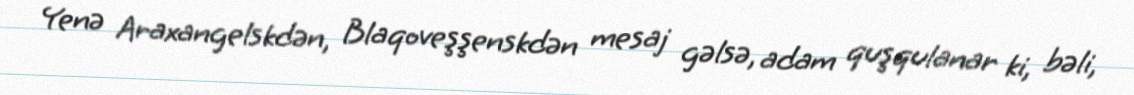
Yenə Araxangelskdən, Blaqoveşşenskdən mesaj gəlsə, adam quşqulanar ki, bəli,